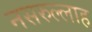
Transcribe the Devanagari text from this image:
नसरुल्लाह